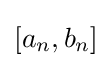
\left[a_{n},b_{n}\right]